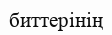
биттерінің